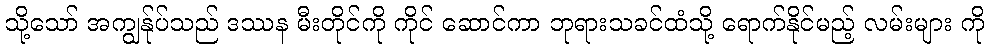
သို့သော် အကျွန်ုပ်သည် ဒဿန မီးတိုင်ကို ကိုင် ဆောင်ကာ ဘုရားသခင်ထံသို့ ရောက်နိုင်မည့် လမ်းများ ကို